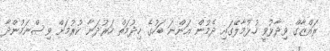
ރައްޒާގް ވިދާޅުވީ ހުޅުމާލޭގައި ދެމުން އަންނަ ބަހުގެ ހިދުމަތް ހަރުދަނާ ކުރުމަށް ވިސްނަމުންދާ